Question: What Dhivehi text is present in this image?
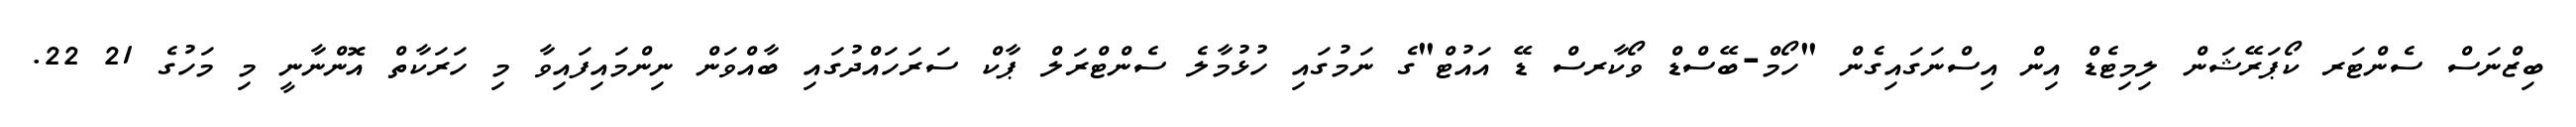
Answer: ބިޒްނަސް ސެންޓަރ ކޯޕަރޭޝަން ލިމިޓެޑް އިން އިސްނަގައިގެން "ހޯމް-ބޭސްޑް ވޯކާރސް ޑޭ އައުޓް"ގެ ނަމުގައި ހުޅުމާލެ ސެންޓްރަލް ޕާކް ސަރަހައްދުގައި ބާއްވަން ނިންމައިފައިވާ މި ހަރަކާތް އޮންނާނީ މި މަހުގެ 21 22.